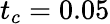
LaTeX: t_{c}=0.05